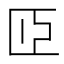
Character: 𦣝